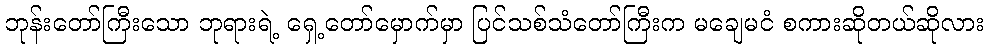
ဘုန်းတော်ကြီးသော ဘုရားရဲ့ ရှေ့တော်မှောက်မှာ ပြင်သစ်သံတော်ကြီးက မချေမငံ စကားဆိုတယ်ဆိုလား